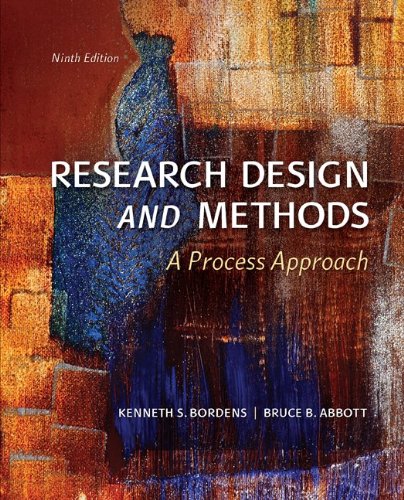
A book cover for Research Design and Methods: A Process Approach; Kenneth Bordens; Medical Books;